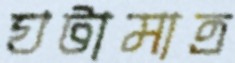
ঘটামাত্র